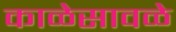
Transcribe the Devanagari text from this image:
काळेसावळे